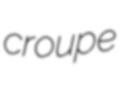
croupe